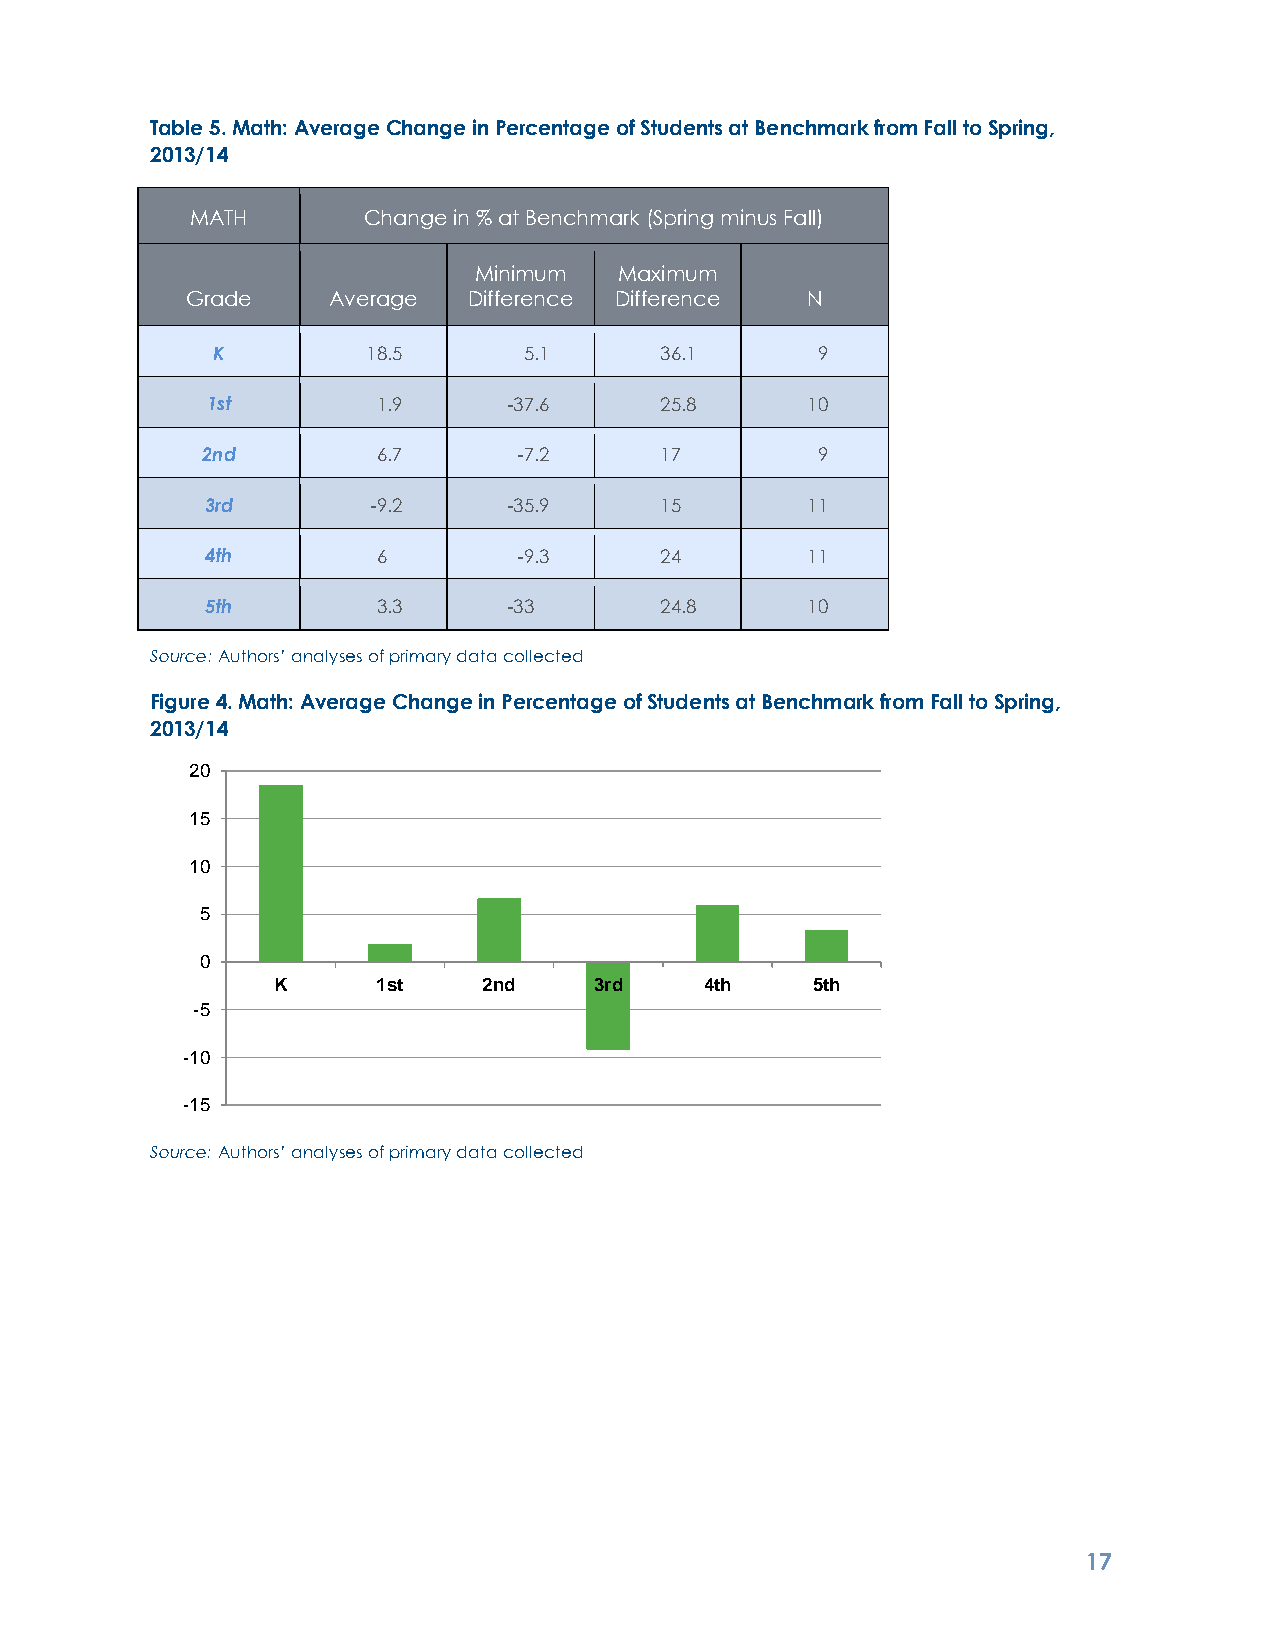
Table 5. Math: Average Change in Percentage of Students at Benchmark from Fall to Spring,
 2013/14
 MATH       Change in % at Benchmark (Spring minus Fall)
 Minimum   Maximum
 Grade     Average  Difference Difference N
 K         18.5       5.1      36.1      9
 1st        1.9      -37.6     25.8     10
 2nd         6.7      -7.2      17        9
 3rd        -9.2     -35.9     15       11
 4th        6        -9.3      24       11
 5th        3.3      -33       24.8     10
 Source: Authors’ analyses of primary data collected
 Figure 4. Math: Average Change in Percentage of Students at Benchmark from Fall to Spring,
 2013/14
 20
 15
 10
 5
 0
 K      1st    2nd    3rd     4th    5th
 -5
 -10
 -15
 Source: Authors’ analyses of primary data collected
 1 7